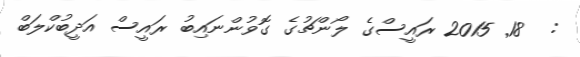
:  18